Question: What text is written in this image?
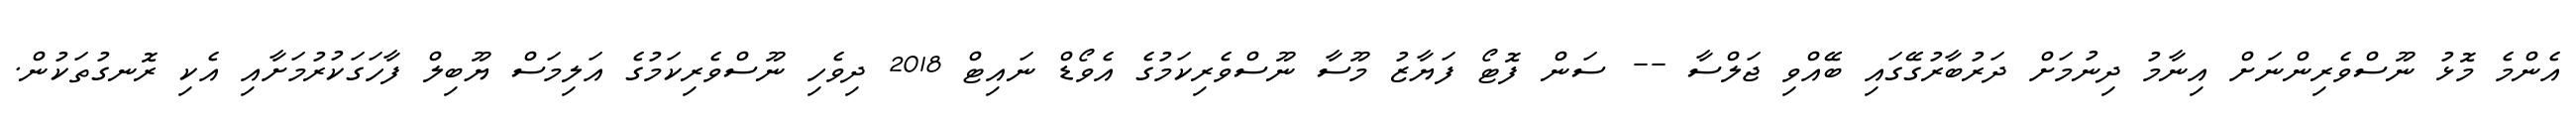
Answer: އެންމެ މޮޅު ނޫސްވެރިންނަށް އިނާމު ދިނުމަށް ދަރުބާރުގޭގައި ބޭއްވި ޖަލްސާ -- ސަން ފޮޓޯ ފަޔާޒު މޫސާ ނޫސްވެރިކަމުގެ އެވޯޑް ނައިޓް 2018 ދިވެހި ނޫސްވެރިކަމުގެ އަލިމަސް ޔޫބިލް ފާހަގަކުރުމަށާއި އެކި ރޮނގުތަކުން.